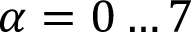
\alpha = 0 \dots 7